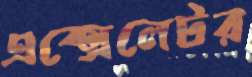
এক্সেলেটর